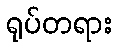
ရုပ်တရား